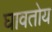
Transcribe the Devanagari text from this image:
घावतोय